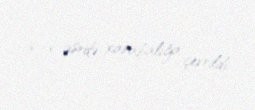
6-cı əsrdə xarabalığa çevrildi.